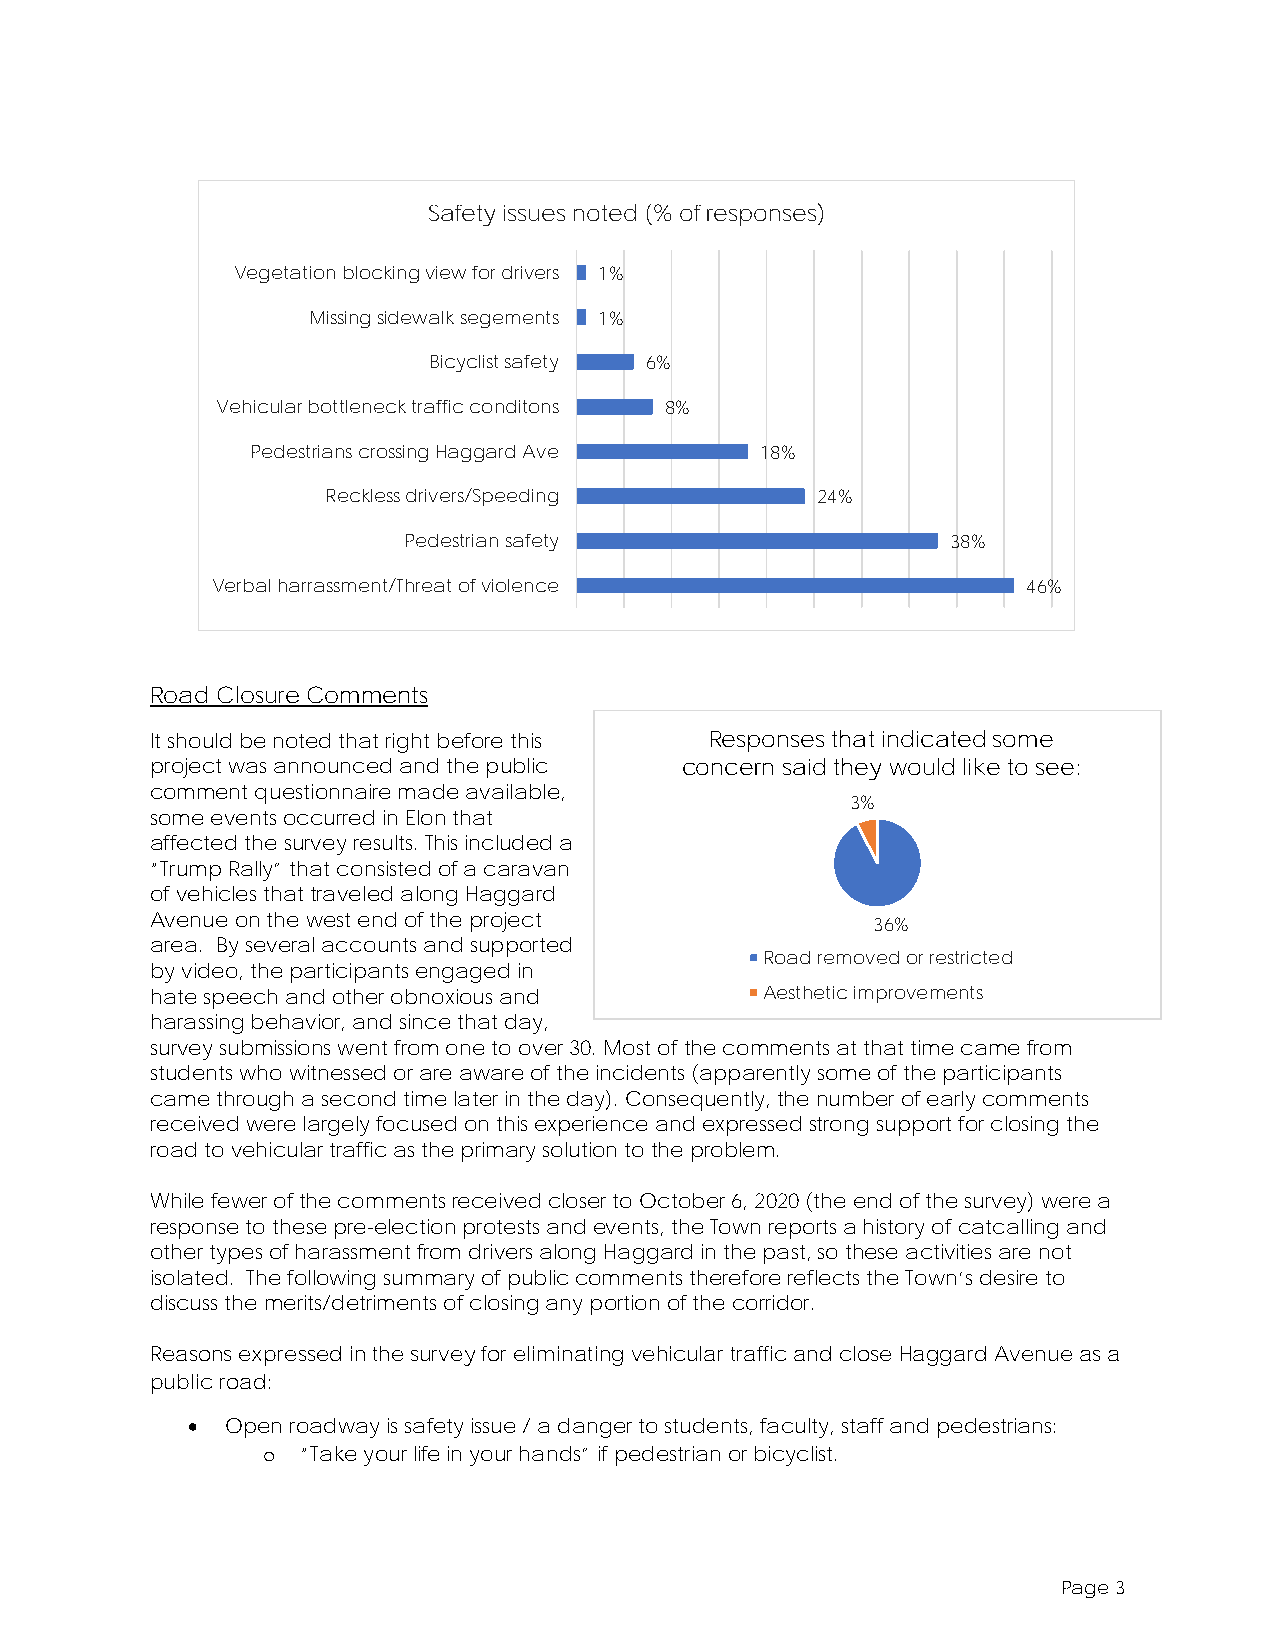
Safety issues noted (% of responses)
 Vegetation blocking view for drivers 1%
 Missing sidewalk segements 1%
 Bicyclist safety 6%
 Vehicular bottleneck traffic conditons 8%
 Pedestrians crossing Haggard Ave 18%
 Reckless drivers/Speeding       24%
 Pedestrian safety                   38%
 Verbal harrassment/Threat of violence                 46%
 Road Closure Comments
 It should be noted that right before this Responses that indicated some
 project was announced and the public concern said they would like to see:
 comment questionnaire made available,
 3%
 some events occurred in Elon that
 affected the survey results. This included a
 “Trump Rally” that consisted of a caravan
 of vehicles that traveled along Haggard
 Avenue on the west end of the project           36%
 area. By several accounts and supported
 Road removed or restricted
 by video, the participants engaged in
 hate speech and other obnoxious and      Aesthetic improvements
 harassing behavior, and since that day,
 survey submissions went from one to over 30. Most of the comments at that time came from
 students who witnessed or are aware of the incidents (apparently some of the participants
 came through a second time later in the day). Consequently, the number of early comments
 received were largely focused on this experience and expressed strong support for closing the
 road to vehicular traffic as the primary solution to the problem.
 While fewer of the comments received closer to October 6, 2020 (the end of the survey) were a
 response to these pre-election protests and events, the Town reports a history of catcalling and
 other types of harassment from drivers along Haggard in the past, so these activities are not
 isolated. The following summary of public comments therefore reflects the Town’s desire to
 discuss the merits/detriments of closing any portion of the corridor.
 Reasons expressed in the survey for eliminating vehicular traffic and close Haggard Avenue as a
 public road:
 •  Open roadway is safety issue / a danger to students, faculty, staff and pedestrians:
 “Take your life in your hands” if pedestrian or bicyclist.
 o
 Page 3